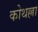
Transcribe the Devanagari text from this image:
कोथल्ला